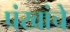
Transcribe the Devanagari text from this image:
पंखांचे